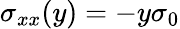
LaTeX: \sigma_{xx}(y)=-y\sigma_{0}